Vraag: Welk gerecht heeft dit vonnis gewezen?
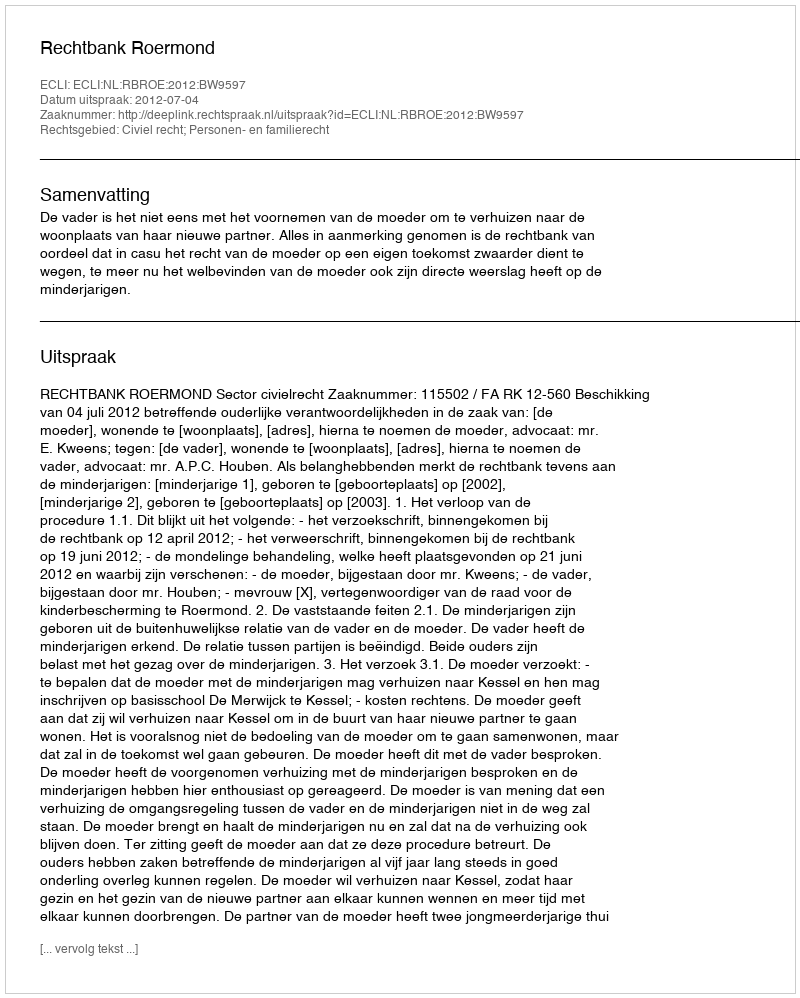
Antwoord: Rechtbank Roermond